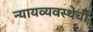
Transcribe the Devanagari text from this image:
न्यायव्यवस्थेची